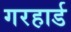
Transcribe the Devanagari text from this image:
गरहार्ड